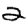
Digit: 2